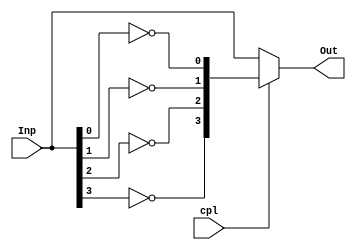
module compl1(output wire [3:0] Out, input wire [3:0] Inp, input wire cpl);

  wire [3:0] oscuro;
  not lo(oscuro[0], Inp[0]);
  not lolo(oscuro[1], Inp[1]);
  not lololo(oscuro[2], Inp[2]);
  not lolololo(oscuro[3], Inp[3]);
  assign Out = ((cpl == 1'b0) ? Inp : oscuro);

endmodule